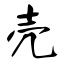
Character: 壳